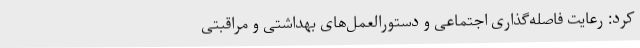
کرد: رعایت فاصله‌گذاری اجتماعی و دستورالعمل‌های بهداشتی و مراقبتی